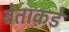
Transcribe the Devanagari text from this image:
बेताकडे